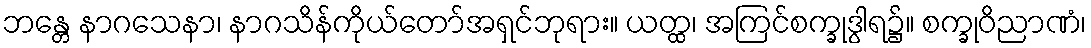
ဘန္တေ နာဂသေနာ၊ နာဂသိန်ကိုယ်တော်အရှင်ဘုရား။ ယတ္ထ၊ အကြင်စက္ခုဒွါရ၌။ စက္ခုဝိညာဏံ၊